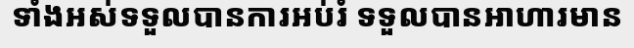
ទាំងអស់ទទួលបានការអប់រំ ទទួលបានអាហារមាន